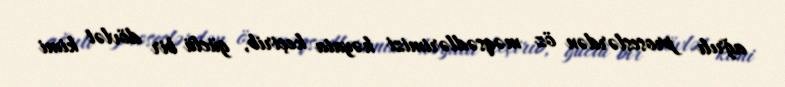
ağrılı proseslərdən öz məqsədlərimizi həyata keçirib, güclü bir dövlət kimi